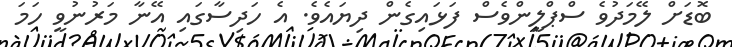
ބޮޑަށް ލޭމަދުވެ ސްޕްލީންވެސް ފަޅައިގެން ދިޔައެވެ. އެ ހަދިސާގައި އޭނާ މަރުނުވީ ހަމަ